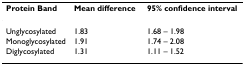
| Protein Band | Mean difference | 95% confidence interval |
 | --- | --- | --- |
 | Unglycosylated | 1.83 | 1.68 – 1.98 |
 | Monoglycosylated | 1.91 | 1.74 – 2.08 |
 | Diglycosylated | 1.31 | 1.11 – 1.52 |